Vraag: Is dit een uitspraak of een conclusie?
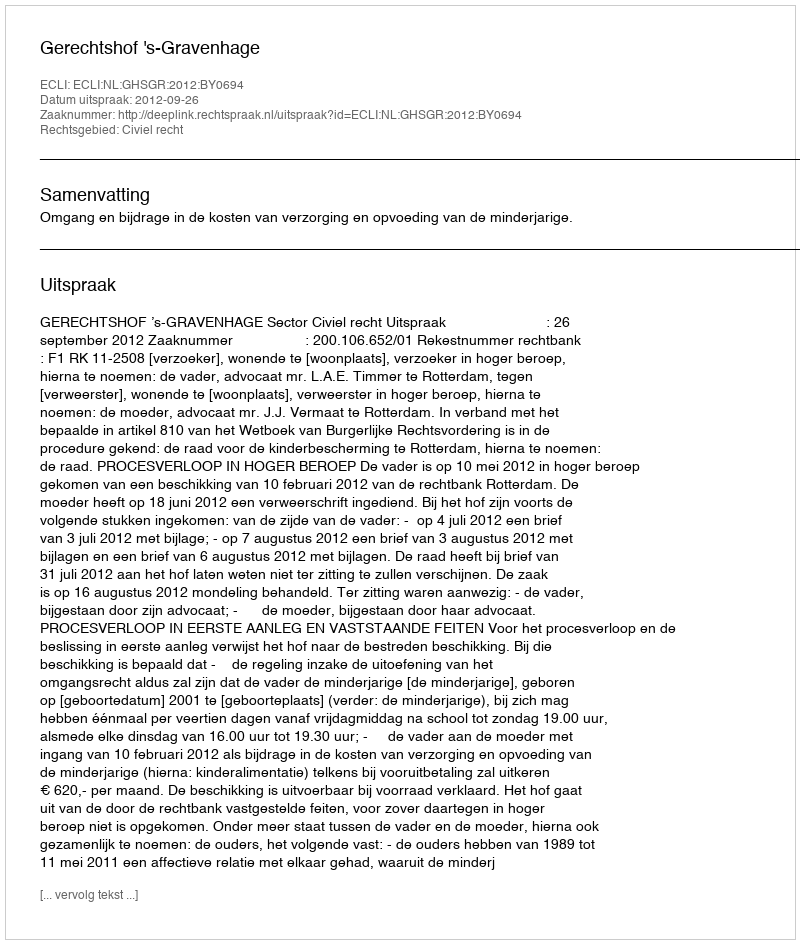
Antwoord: Uitspraak